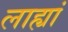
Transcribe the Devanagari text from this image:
लाह्यां